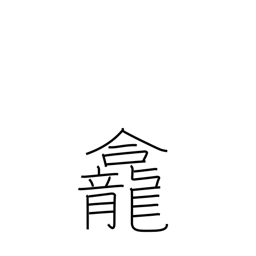
Meaning: alcove for an image